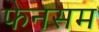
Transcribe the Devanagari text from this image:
फेनसम